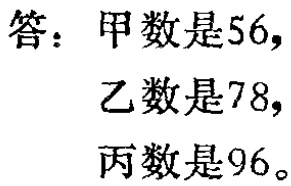
答：甲数是56,

乙数是78,

丙数是96。